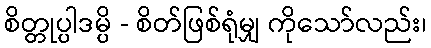
စိတ္တုပ္ပါဒမ္ပိ - စိတ်ဖြစ်ရုံမျှ ကိုသော်လည်း၊